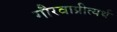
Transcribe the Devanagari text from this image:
गौरवाप्रीत्यर्थ